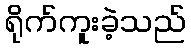
ရိုက်ကူးခဲ့သည်